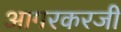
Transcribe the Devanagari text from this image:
आगरकरजी